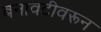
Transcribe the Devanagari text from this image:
बनावटीवरून